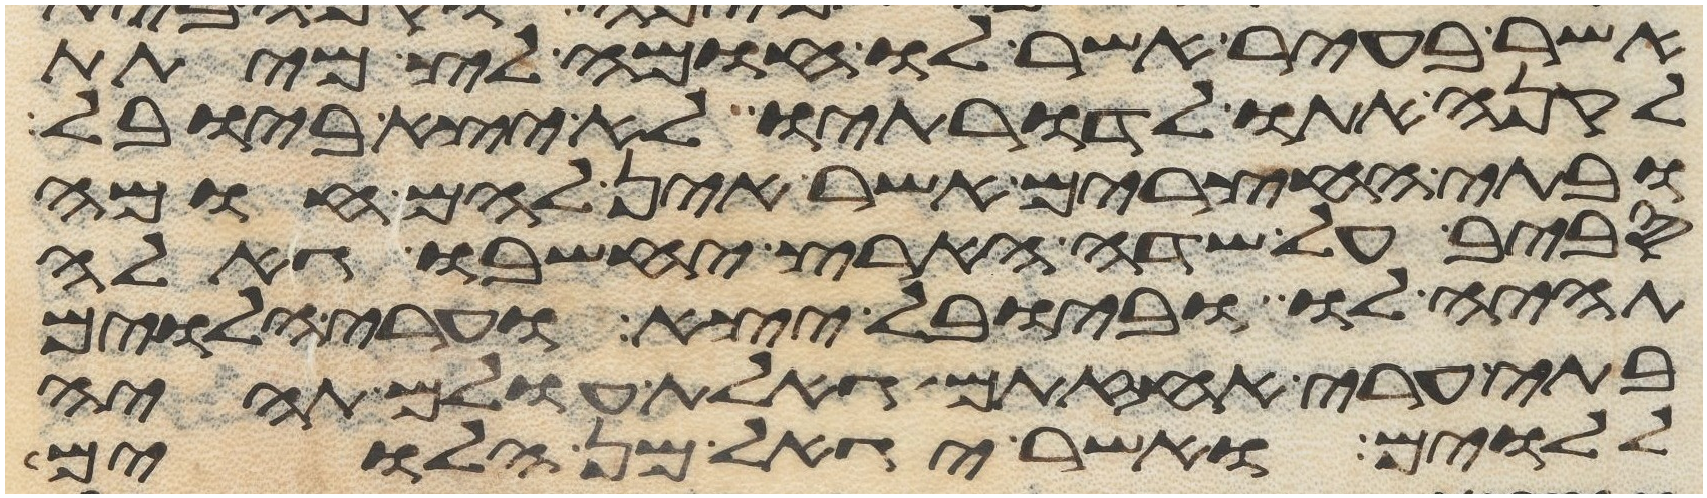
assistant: אשר בעיר אשר לו חומה לצמיתת
לקנה אתו לדרתיו לא יצא ביובל
ובתי החצרים אשר אין להם חומה
סביב על שדה הארץ יחשבו גאלה
תהיה לו וביובל יצא וערי הלוים
בתי ערי אחזתם גאלת עולם תהיה
ללוים ואשר יגאל מן הלוים